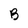
Character: B